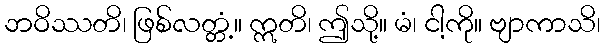
ဘဝိဿတိ၊ ဖြစ်လတ္တံ့။ ဣတိ၊ ဤသို့။ မံ၊ ငါ့ကို။ ဗျာကာသိ၊